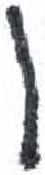
אות: ן